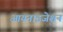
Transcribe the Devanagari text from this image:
आयनाइजेशन